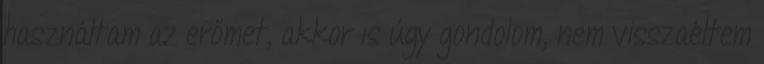
használtam az erőmet, akkor is úgy gondolom, nem visszaéltem